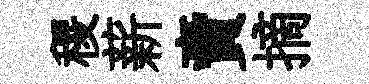
稷薪賣摘